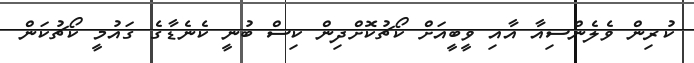
ކުރިން ވެލެންސިއާ އާއި ވީބީއަށް ކޯޗުކޮށްދިން ކިސް ބުނީ ކެނެޑާގެ ގައުމީ ކޯޗުކަން